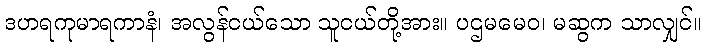
ဒဟရကုမာရကာနံ၊ အလွန်ငယ်သော သူငယ်တို့အား။ ပဌမမေဝ၊ မဆွက သာလျှင်။